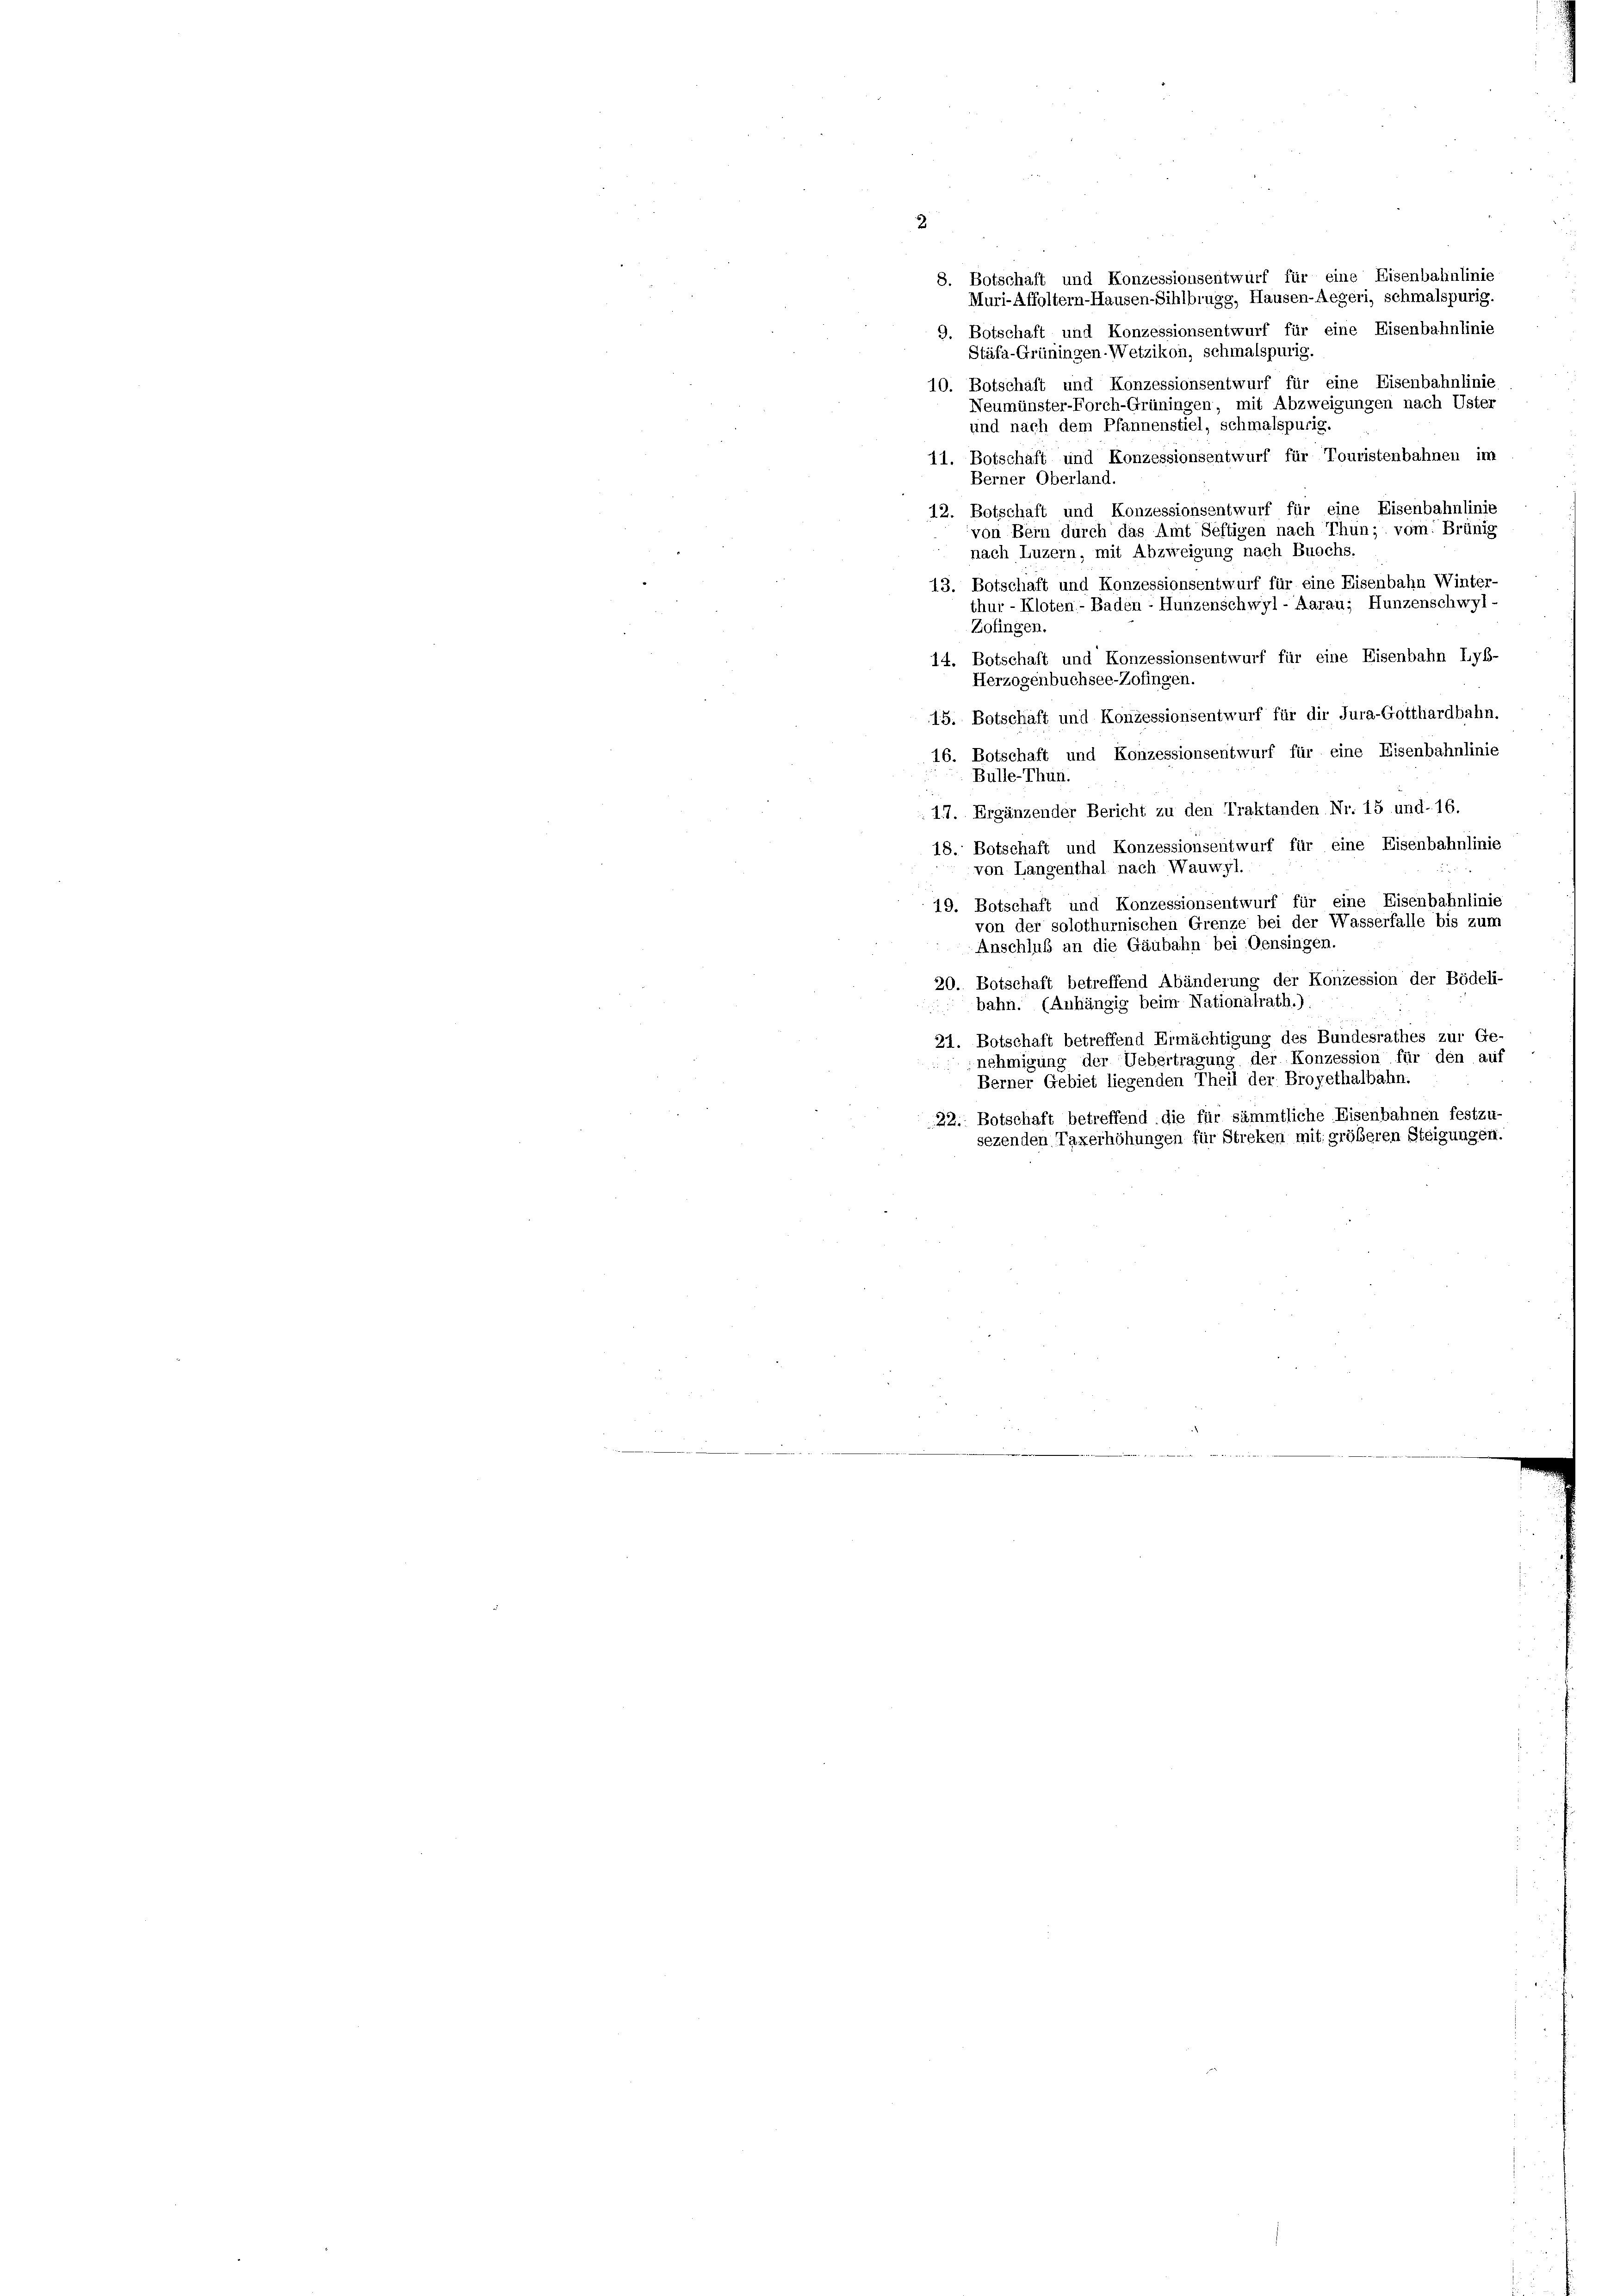
8. Botschaft und Konzessionsentwurf für eine Eisenbahnlinie
Muri-Affoltern-Hausen-Sihlbrugg, Hausen-Aegeri, schmalspurig.
9. Botschaft und Konzessionsentwurf für eine Eisenbahnlinie
Stäfa-Grüningen-Wetzikon, schmalspurig.
10. Botschaft und Konzessionsentwurf für eine Eisenbahnlinie
Neumünster-Forch-Grüningen, mit Abzweigungen nach Uster
und nach dem Pfannenstiel, schmalspurig.
11. Botschaft und Konzessionsentwurf für Touristenbahnen im
Berner Oberland.
12. Botschaft und Konzessionsentwurf für eine Eisenbahnlinie
von Bern durch das Amt Seftigen nach Thun; vom Brünig
nach Luzern, mit Abzweigung nach Buochs.
13. Botschaft und Konzessionsentwurf für eine Eisenbahn Winter
thur - Kloten- Baden - Hunzenschwyl- Aarau; Hunzenschwyl-
Zofingen.
14. Botschaft und Konzessionsentwurf für eine Eisenbahn Lyb-
Herzogenbuchsee-Zofingen.
15. Botschäft und Konzessionsentwurf für dir Jura-Gotthardbahn.
16. Botschaft und Konzessionsentwurf für eine Eisenbahnlinie
Bulle-Thun.
 17. Ergänzender Bericht zu den Traktanden Nr. 15 und 16.
18. Botschaft und Konzessionsentwurf für eine Eisenbahnlinie
von Langenthal nach Wauwyl.
19. Botschaft und Konzessionsentwurf für eine Eisenbahnlinie
erfalle bis zum
von der solothurnischen Grenze bei der
Anschluß an die Gäubahn bei Oensingen
Bödeli-
20. Botschaft betreffend Abänderung der Konzessic
bahn. (Anhängig beim Nationatrath.

21. Botschaft betreffend Ermächtigung des Bundesrathes zur Ge-
nehmigung der Uebertragung der Konzession für den auf
Berner Gebiet liegenden Theil der Broyethalbahn.
22. Botschaft betreffend die für sämmtliche Eisenbahnen festzu-
sezenden Taxerhöhungen für Streken mit größeren Steigungen.

2